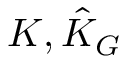
K , { \hat { K } } _ { G }